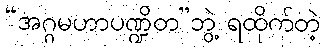
“အဂ္ဂမဟာပဏ္ဍိတ”ဘွဲ့ ရထိုက်တဲ့